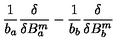
{ \frac { 1 } { b _ { a } } } { \frac { \delta } { \delta B _ { a } ^ { m } } } - { \frac { 1 } { b _ { b } } } { \frac { \delta } { \delta B _ { b } ^ { m } } }